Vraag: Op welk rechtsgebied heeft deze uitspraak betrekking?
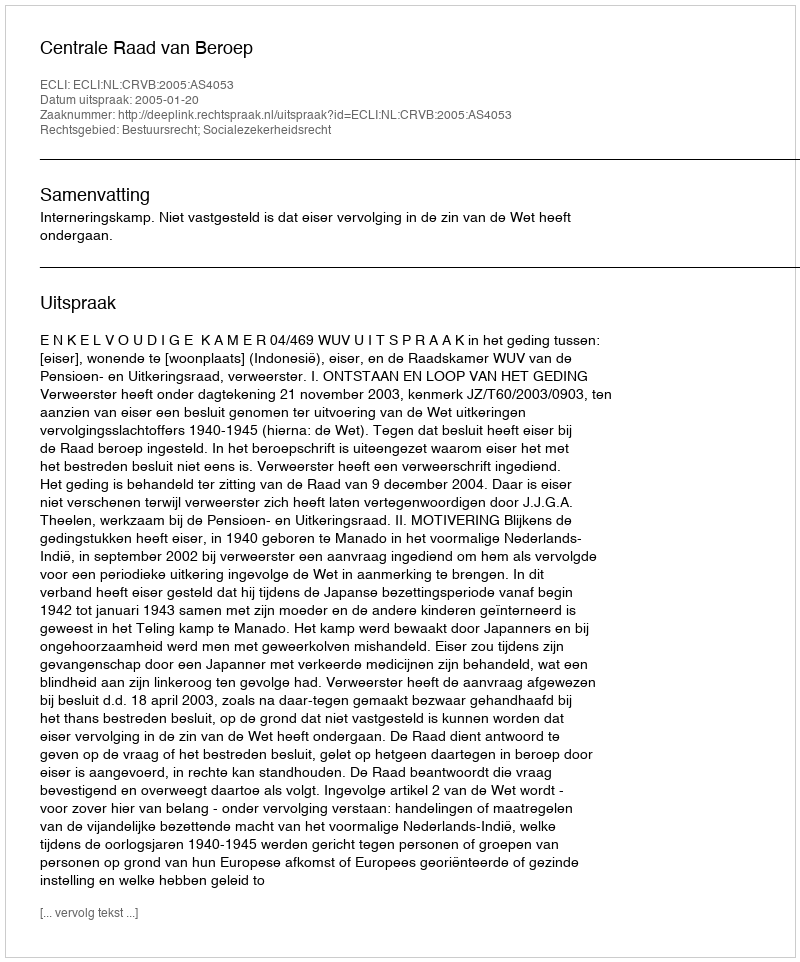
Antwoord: Bestuursrecht; Socialezekerheidsrecht